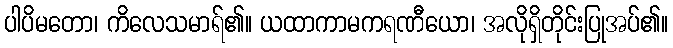
ပါပိမတော၊ ကိလေသမာရ်၏။ ယထာကာမကရဏီယော၊ အလိုရှိတိုင်းပြုအပ်၏။